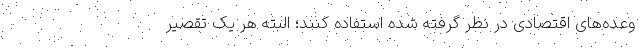
وعده‌های اقتصادی در نظر گرفته شده استفاده کنند؛ البته هر یک تقصیر